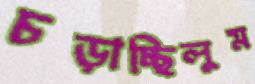
চড়াচ্ছিলুম